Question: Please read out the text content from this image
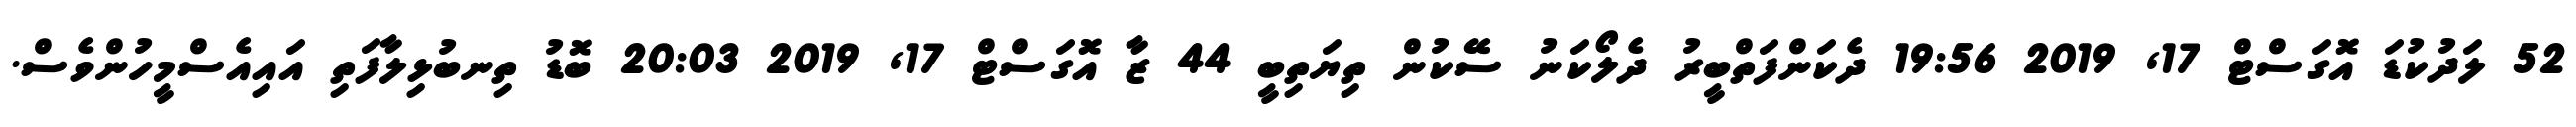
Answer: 52 ލަދުކުޑަ އޮގަސްޓް 17, 2019 19:56 ދެކަންފަތްބީރު ދެލޯކަނު ސޭކުން ތިޔަތިބީ 44 ޒާ އޮގަސްޓް 17, 2019 20:03 ބޮޑު ތިނބުޅިލާފަތި އައިއެސްމީހުންވެސް.